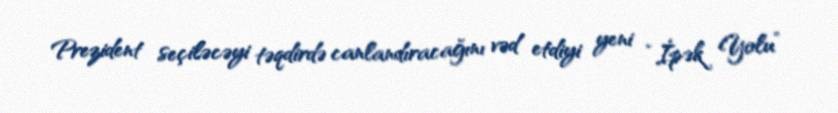
Prezident seçiləcəyi təqdirdə canlandıracağını vəd etdiyi yeni “İpək Yolu”